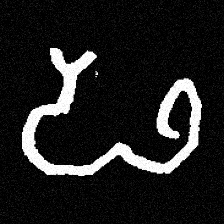
Pyu character \u2014 Myanmar letter: ဖ (romanized: pha)